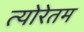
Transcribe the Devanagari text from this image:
त्योरेतम